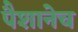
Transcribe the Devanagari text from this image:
पैशानेच